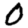
Digit: 0